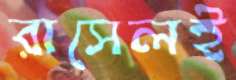
রাসেলই